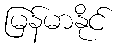
မြန်မာနိုင်